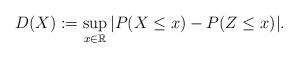
LaTeX: \begin{align*}D(X) := \sup_{x \in \mathbb{R}} |P(X \leq x) - P(Z \leq x)|.\end{align*}